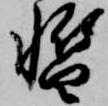
暫